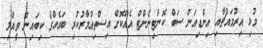
މުޅި އިރުމައްޗާއި އިންޑިއަން ސަބް ކޮންޓިނެންޓް އެއްކޮށް އިސްތިޢުމާރުކުރި ބައެއްގެ ކިބައިން ވީއްލި